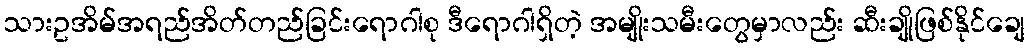
သားဥအိမ်အရည်အိတ်တည်ခြင်းရောဂါစု ဒီရောဂါရှိတဲ့ အမျိုးသမီးတွေမှာလည်း ဆီးချိုဖြစ်နိုင်ချေ